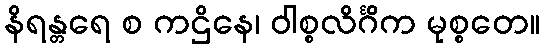
နိရန္တရေ စ ကဌိနေ၊ ဝါစ္စလိင်္ဂိက မုစ္စတေ။